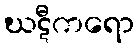
ဃဋီကရော